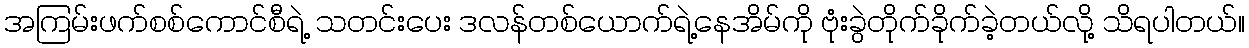
အကြမ်းဖက်စစ်ကောင်စီရဲ့ သတင်းပေး ဒလန်တစ်ယောက်ရဲ့နေအိမ်ကို ဗုံးခွဲတိုက်ခိုက်ခဲ့တယ်လို့ သိရပါတယ်။